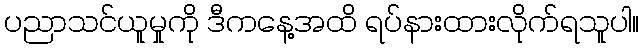
ပညာသင်ယူမှုကို ဒီကနေ့အထိ ရပ်နားထားလိုက်ရသူပါ။